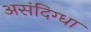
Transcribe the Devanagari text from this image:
असंदिग्धा